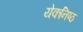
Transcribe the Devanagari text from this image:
येकनिष्ठ